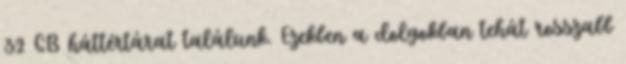
32 GB háttértárat találunk. Ezekben a dolgokban tehát rosszabb